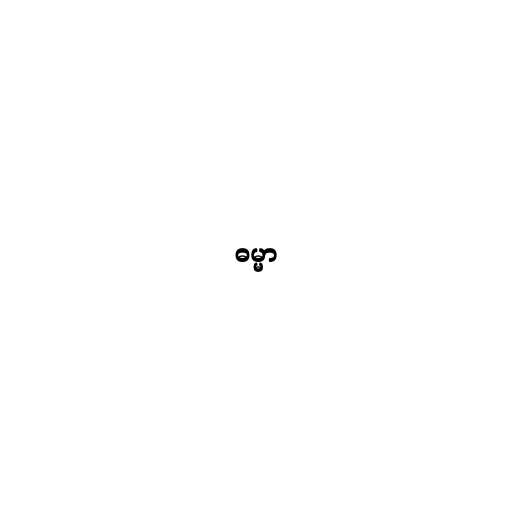
ဓမ္မာ